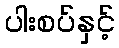
ပါးစပ်နှင့်